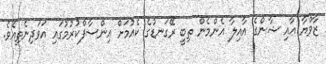
ޒާވްޔާ އާއި ޝާންގެ އާއިލާ އެންމެން ތިބީ ރޭގަނޑުގެ ކެއުމަށް އިންސާފްކުރުމުގައި އަވަދިނެތިއެވެ.